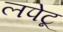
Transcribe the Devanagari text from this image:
लपेटू